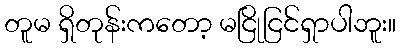
တူမ ရှိတုန်းကတော့ မငြိုငြင်ရှာပါဘူး။